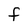
Character: F